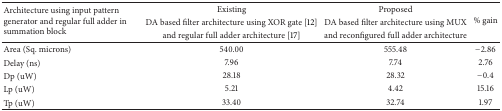
<table><thead><tr><td rowspan="3"><b>Architecture using input pattern generator and regular full adder in summation block</b></td><td><b>Existing</b></td><td><b>Proposed</b></td><td rowspan="3"><b>% gain</b></td></tr><tr><td><b>DA based filter architecture using XOR gate [12]</b></td><td><b>DA based filter architecture using MUX </b></td></tr><tr><td><b>and regular full adder architecture [17]</b></td><td><b>and reconfigured full adder architecture </b></td></tr></thead><tbody><tr><td>Area (Sq. microns)</td><td>540.00</td><td>555.48</td><td>−2.86</td></tr><tr><td>Delay (ns)</td><td>7.96</td><td>7.74</td><td>2.76</td></tr><tr><td>Dp (uW)</td><td>28.18</td><td>28.32</td><td>−0.4</td></tr><tr><td>Lp (uW)</td><td>5.21</td><td>4.42</td><td>15.16</td></tr><tr><td>Tp (uW)</td><td>33.40</td><td>32.74</td><td>1.97</td></tr></tbody></table>